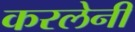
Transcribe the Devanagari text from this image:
करलेनी